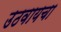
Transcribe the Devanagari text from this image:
उठवायचा